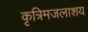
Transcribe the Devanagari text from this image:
कृत्रिमजलाशय